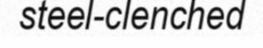
steel-clenched